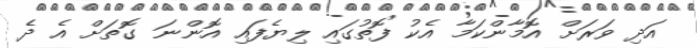
އަދި ވަރަށް އޮމާންކަމާ އެކު ފޮތުގައި ލިޔެފައި އޮންނަ ގޮތަށް އެ ދެ